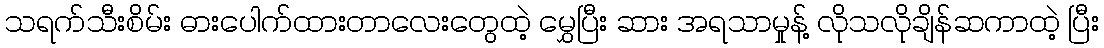
သရက်သီးစိမ်း ဓားပေါက်ထားတာလေးတွေထဲ့ မွှေပြီး ဆား အရသာမှုန့် လိုသလိုချိန်ဆကာထဲ့ ပြီး